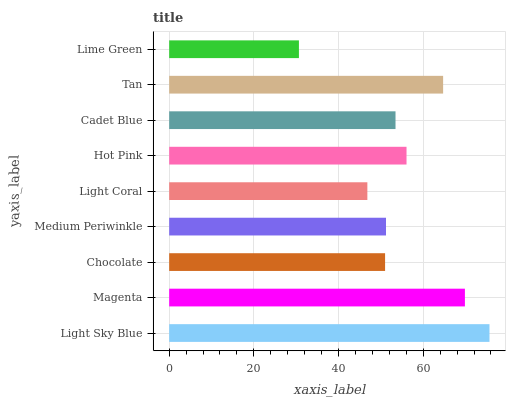
| yaxis_label | bars |
 | --- | --- |
 | Light Sky Blue | 75.7 |
 | Magenta | 69.9 |
 | Chocolate | 51 |
 | Medium Periwinkle | 51.2 |
 | Light Coral | 46.8 |
 | Hot Pink | 56.1 |
 | Cadet Blue | 53.5 |
 | Tan | 64.7 |
 | Lime Green | 30.6 |